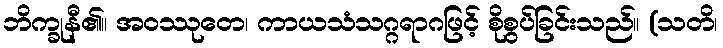
ဘိက္ခုနီ၏။ အဝဿုတေ၊ ကာယသံသဂ္ဂရာဂဖြင့် စိုစွပ်ခြင်းသည်။ (သတိ၊